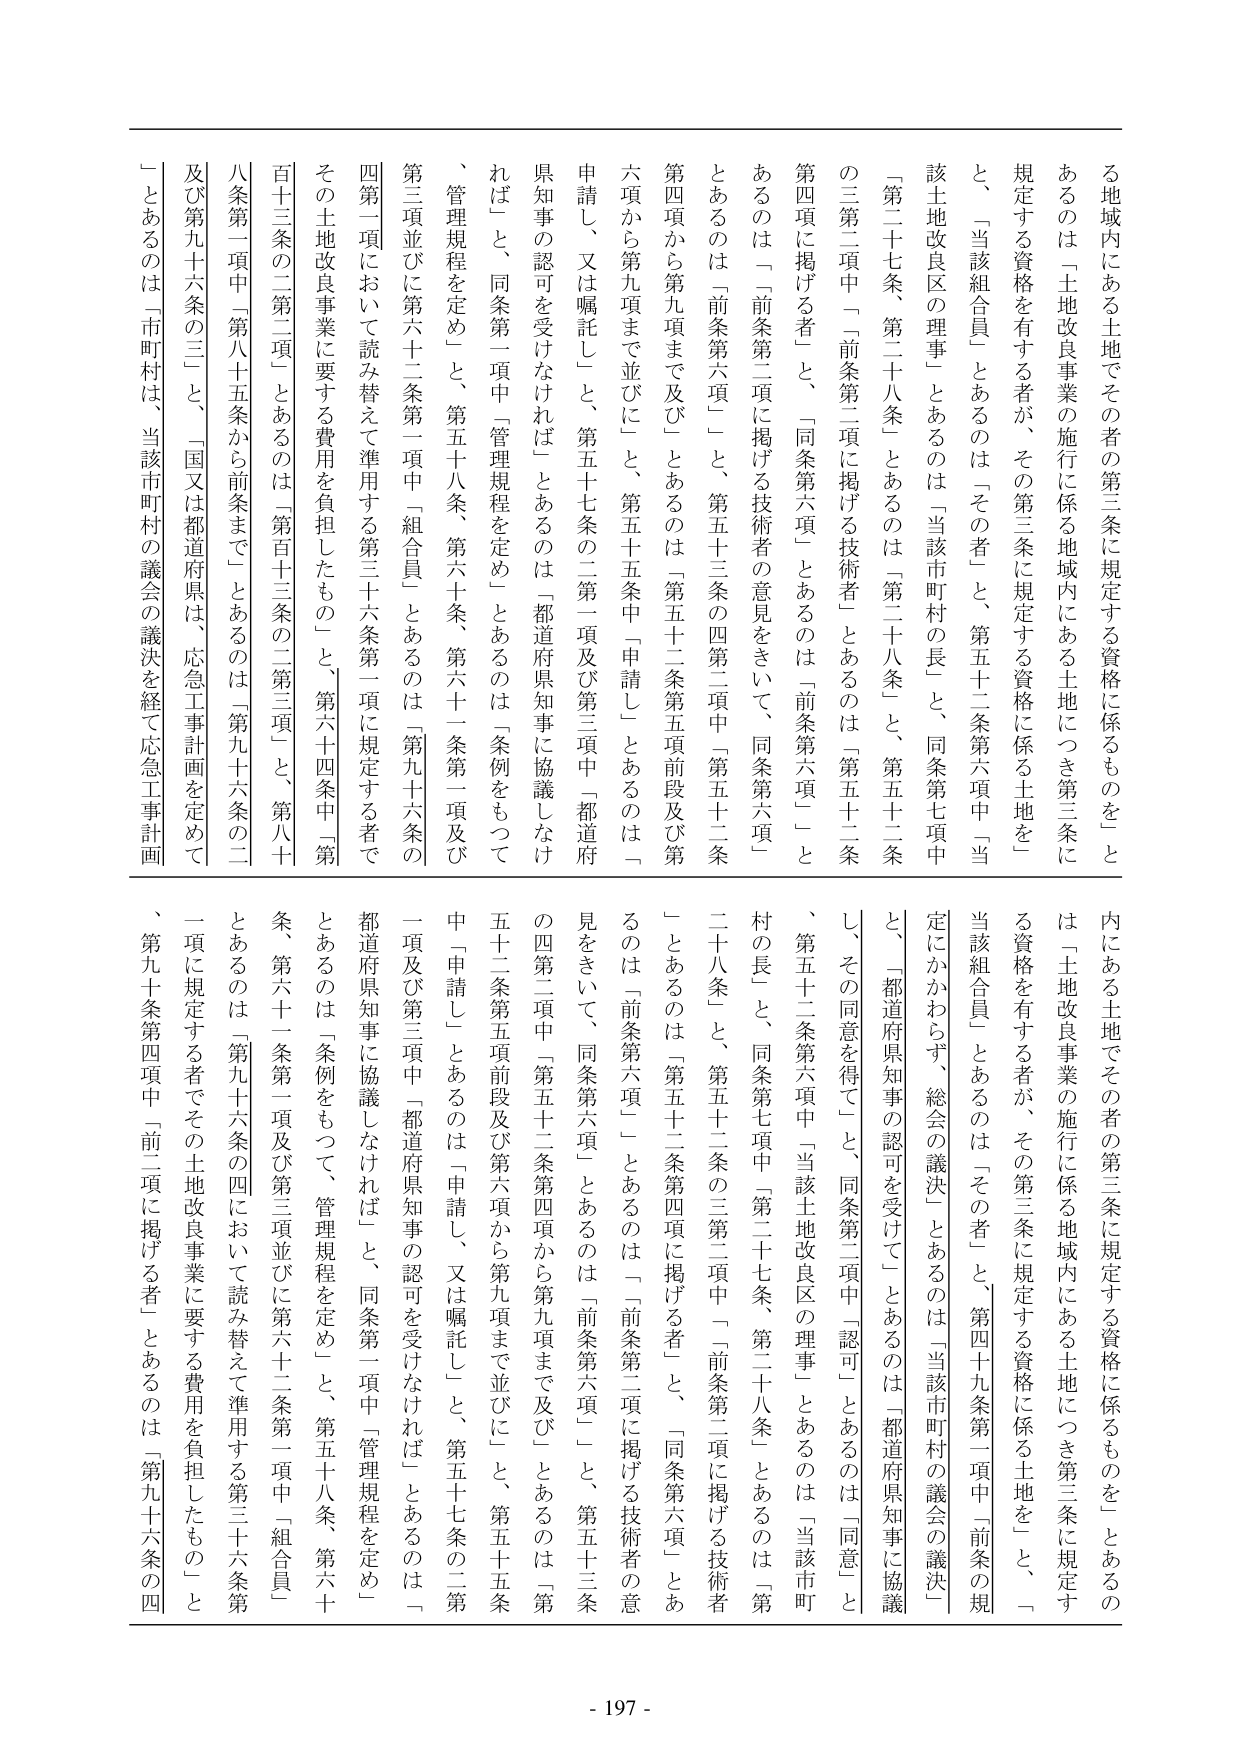
る地域内にある土地でその者の第三条に規定する資格に係るものを」とあるのは「土地改良事業の施行に係る地域内にある土地につき第三条に規定する資格を有する者が、その第三条に規定する資格に係る土地を」と、「当該組合員」とあるのは「その者」と、第五十二条第六項中「当該土地改良区の理事」とあるのは「当該市町村の長」と、同条第七項中「第二十七条、第二十八条」とあるのは「第二十八条」と、第五十二条の三第二項中「前条第二項に掲げる技術者」とあるのは「第五十二条第四項に掲げる者」と、「同条第六項」とあるのは「前条第六項」とあるのは「前条第二項に掲げる技術者の意見をさいて、同条第六項」とあるのは「前条第六項」と、第五十三条の四第二項中「第五十二条第四項から第九項まで及び」とあるのは「第五十二条第五項前段及び第六項から第九項まで並びに」と、第五十五条中「申請し」とあるのは「申請し、又は嘱託し」と、第五十七条の二第一項及び第三項中「都道府県知事の認可を受けなければ」とあるのは「都道府県知事に協議しなければ」と、同条第一項中「管理規程を定め」とあるのは「条例をもつて、管理規程を定め」と、第五十八条、第六十条、第六十一条第一項及び第三項並びに第六十二条第一項中「組合員」とあるのは「第九十六条の四第一項において読み替えて準用する第三十六条第一項に規定する者でその土地改良事業に要する費用を負担したもの」と、第六十四条中「第百十三条の二第二項」とあるのは「第百十三条の二第三項」と、第八十八条第一項中「第八十五条から前条まで」とあるのは「第九十六条の二及び第九十六条の三」と、「国又は都道府県は、応急工事計画を定めて」とあるのは「市町村は、当該市町村の議会の議決を経て応急工事計画

内にある土地でその者の第三条に規定する資格に係るものを」とあるのは「土地改良事業の施行に係る地域内にある土地につき第三条に規定する資格を有する者が、その第三条に規定する資格に係る土地を」と、「当該組合員」とあるのは「その者」と、第四十九条第一項中「前条の規定にかかわらず、総会の議決」とあるのは「当該市町村の議会の議決」と、「都道府県知事の認可を受けて」とあるのは「都道府県知事に協議し、その同意を得て」と、同条第二項中「認可」とあるのは「同意」と、第五十二条第六項中「当該土地改良区の理事」とあるのは「当該市町村の長」と、同条第七項中「第二十七条、第二十八条」とあるのは「第二十八条」と、第五十二条の三第二項中「前条第二項に掲げる技術者」とあるのは「第五十二条第四項に掲げる者」と、「同条第六項」とあるのは「前条第六項」とあるのは「前条第二項に掲げる技術者の意見をさいて、同条第六項」とあるのは「前条第六項」と、第五十三条の四第二項中「第五十二条第四項から第九項まで及び」とあるのは「第五十二条第五項前段及び第六項から第九項まで並びに」と、第五十五条中「申請し」とあるのは「申請し、又は嘱託し」と、第五十七条の二第一項及び第三項中「都道府県知事の認可を受けなければ」とあるのは「都道府県知事に協議しなければ」と、同条第一項中「管理規程を定め」とあるのは「条例をもつて、管理規程を定め」と、第五十八条、第六十条、第六十一条第一項及び第三項並びに第六十二条第一項中「組合員」とあるのは「第九十六条の四において読み替えて準用する第三十六条第一項に規定する者でその土地改良事業に要する費用を負担したもの」と、第九十条第四項中「前二項に掲げる者」とあるのは「第九十六条の四

- 197 -